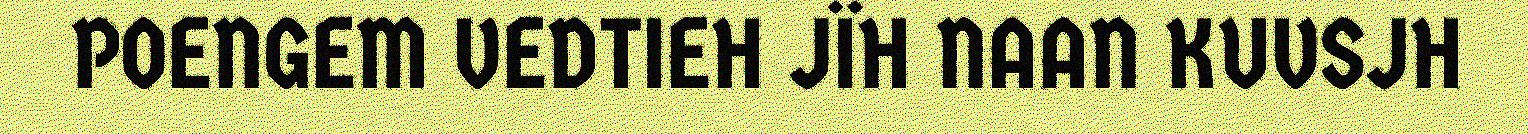
POENGEM VEDTIEH JÏH NAAN KUVSJH